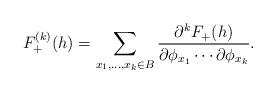
LaTeX: \begin{align*}F_+^{(k)}(h) = \sum_{x_1,\ldots, x_k\in B} \frac{\partial^kF_+(h)}{\partial \phi_{x_1}\cdots \partial \phi_{x_k}}.\end{align*}